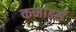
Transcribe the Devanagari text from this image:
कमांडर्स